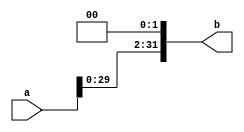
`timescale 1ns / 1ps
//////////////////////////////////////////////////////////////////////////////////
// Company: 
// Engineer: 
// 
// Design Name: 
// Module Name: lShift2
// Project Name: 
// Target Devices: 
// Tool Versions: 
// Description: 
// 
// Dependencies: 
// 
// Revision:
// Revision 0.01 - File Created
// Additional Comments:
// 
//////////////////////////////////////////////////////////////////////////////////


module lShift2(
    input [31:0] a,
    output [31:0] b
    );
    assign b = a << 2;
endmodule